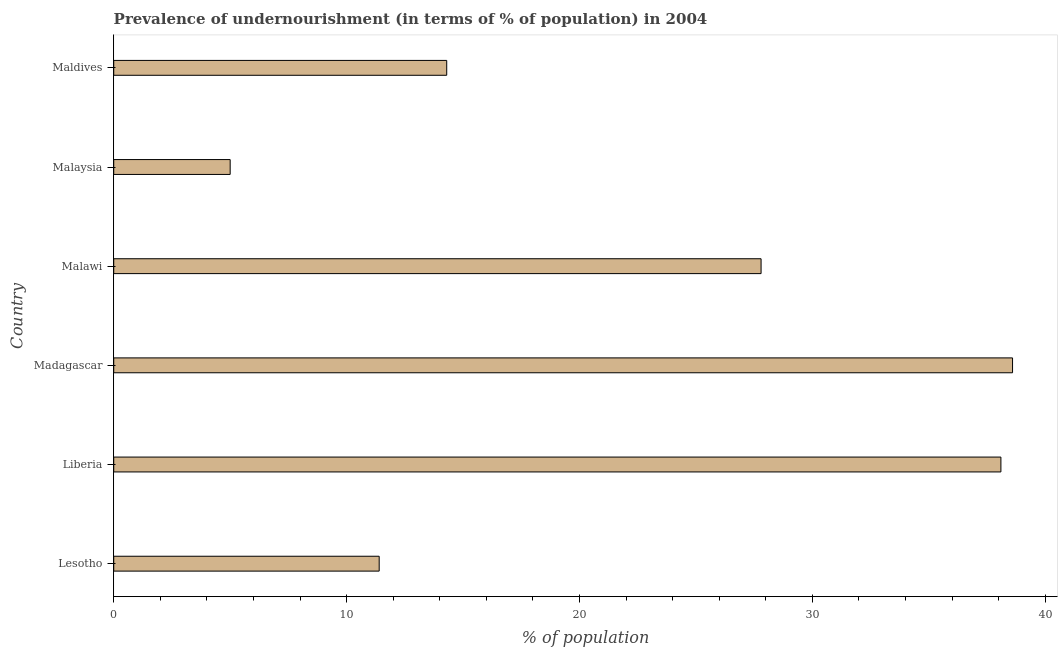
| Country | Prevalence of undernourishment |
 | --- | --- |
 | Lesotho | 11.4 |
 | Liberia | 38.1 |
 | Madagascar | 38.6 |
 | Malawi | 27.8 |
 | Malaysia | 5 |
 | Maldives | 14.3 |